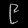
Digit: ၉